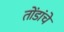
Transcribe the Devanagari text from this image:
तोंडांचे